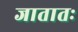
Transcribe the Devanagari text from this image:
जातातः